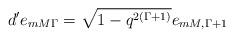
LaTeX: \begin{align*}d' e_{mM\Gamma}=\sqrt{1-q^{2(\Gamma+1)}}e_{mM,\Gamma+1}\end{align*}